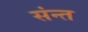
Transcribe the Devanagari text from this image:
संन्त